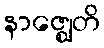
နာဇ္ဈေတိ